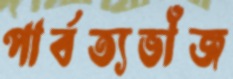
পার্বত্যভাঁজ